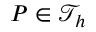
{ P } \in \mathcal { T } _ { h }